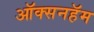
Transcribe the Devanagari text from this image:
ऑक्सनहॅम